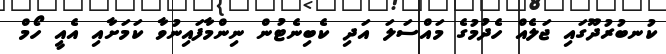
ކުނބުރުދޫގައި ޖަލެއް ހެދުމުގެ މައްސަލަ އަދި ކެބިނެޓުން ނިންމާފައިނުވާ ކަމަށާއި އެއީ ހޯމް